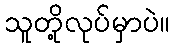
သူတို့လုပ်မှာပဲ။